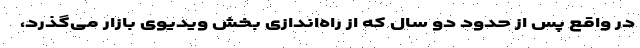
در واقع پس از حدود دو سال که از راه‌اندازی بخش ویدیوی بازار می‌گذرد،